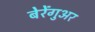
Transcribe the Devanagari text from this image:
बेरेंगुअर